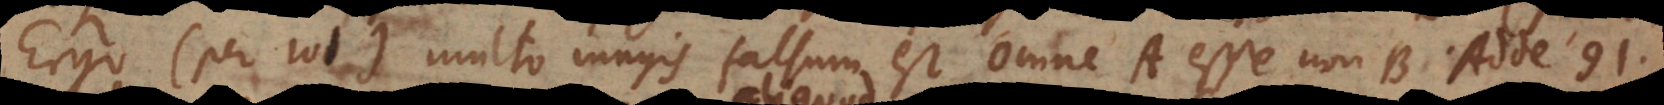
91. 100) 101) multo magis falsum est Omne A esse non‐B. Adde 91.